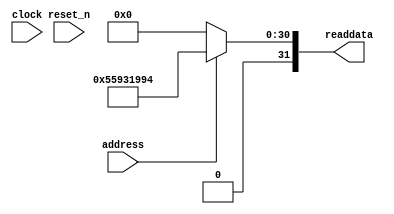
module DE0_Nano_SOPC_sysid (
               // inputs:
                address,
                clock,
                reset_n,

               // outputs:
                readdata
             )
;

  output  [ 31: 0] readdata;
  input            address;
  input            clock;
  input            reset_n;

  wire    [ 31: 0] readdata;
  //control_slave, which is an e_avalon_slave
  assign readdata = address ? 1435703700 : 0;

endmodule